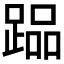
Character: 𲃳